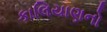
કાલિયાણનો